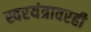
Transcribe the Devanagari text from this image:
स्वरयंत्रावरही